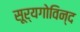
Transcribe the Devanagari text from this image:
सूर्यगोविन्द